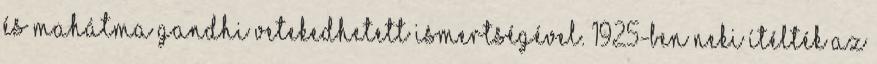
és Mahátma Gandhi vetekedhetett ismertségével. 1925-ben neki ítélték az